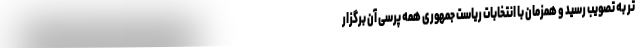
تر به تصویب رسید و همزمان با انتخابات ریاست جمهوری همه پرسی آن برگزار